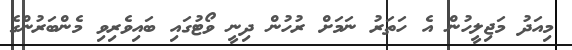
މިއަދު މަޖިލީހުން އެ ހަތަރު ނަމަށް ރުހުން ދިނީ ވޯޓުގައި ބައިވެރިވި މެންބަރުންގެ